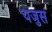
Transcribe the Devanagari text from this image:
यजुस